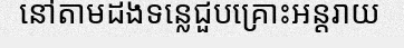
នៅតាមដងទន្លេជួបគ្រោះអន្តរាយ